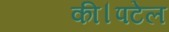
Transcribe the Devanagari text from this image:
की।पटेल